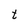
Character: t